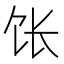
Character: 𫗠